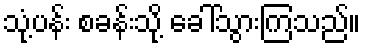
သုံ့ပန်း စခန်းသို့ ခေါ်သွားကြသည်။